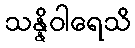
သန္နိဝါရေသိ